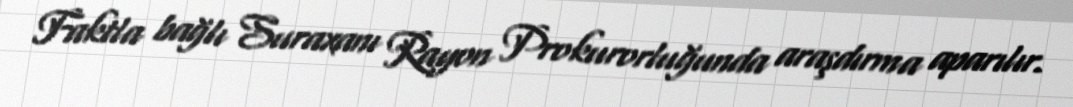
Faktla bağlı Suraxanı Rayon Prokurorluğunda araşdırma aparılır.